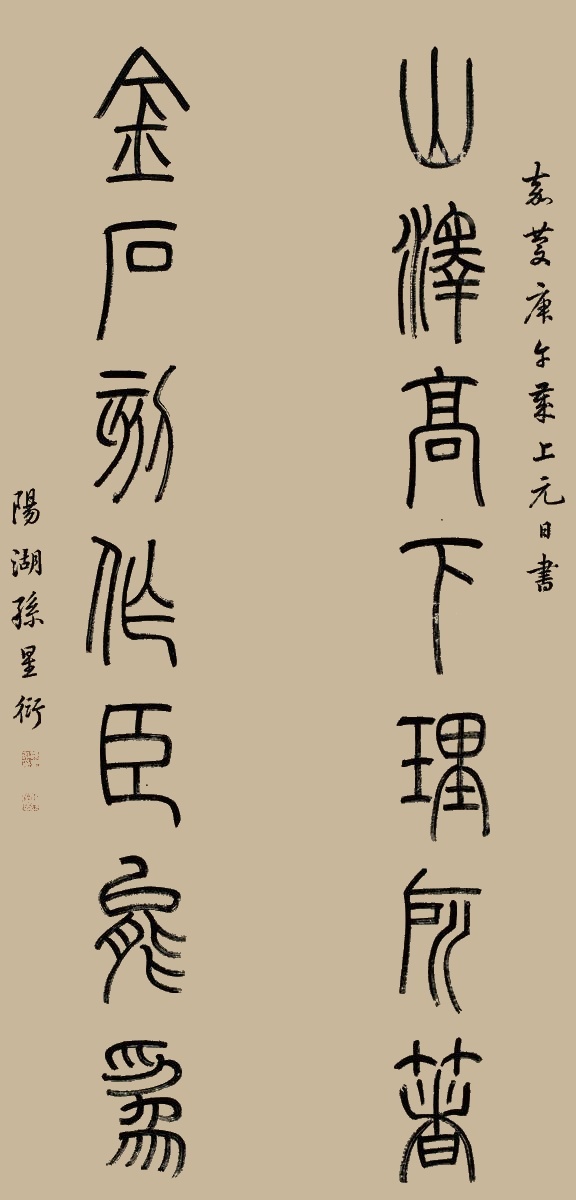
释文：山泽高下理所著，金石刻作臣能为。嘉庆庚午岁上元日书，阳湖孙星衍。